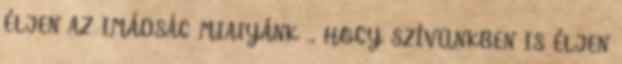
ÉLJEN AZ IMÁDSÁG MIATYÁNK ., HOGY SZÍVÜNKBEN IS ÉLJEN